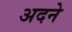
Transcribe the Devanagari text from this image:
अदने